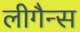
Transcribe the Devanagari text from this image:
लीगैन्स